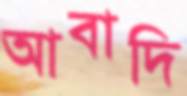
আবাদি